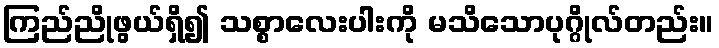
ကြည်ညိုဖွယ်ရှိ၍ သစ္စာလေးပါးကို မသိသောပုဂ္ဂိုလ်တည်း။